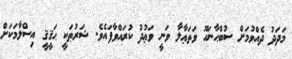
މަދަދު ދެއްވުމަށް ސުބްޙާނަހޫ ވަތަޢާލާ ވަނީ ވަޢުދު ކުރައްވާފައެވެ. ޝަރުޠަކީ ޙަޤީޤީ އިސްލާމަކަށް